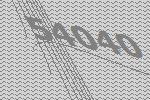
54040